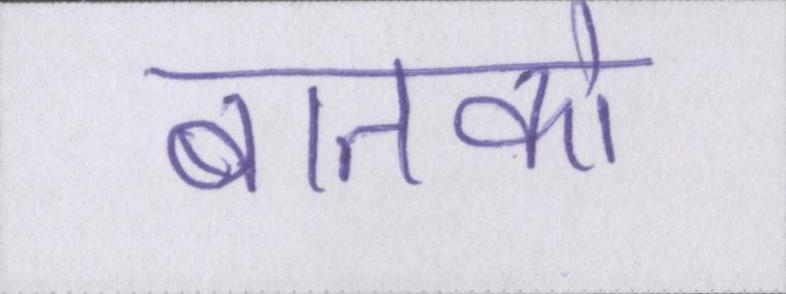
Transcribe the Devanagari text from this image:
बातको